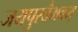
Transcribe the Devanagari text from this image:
जयपुरवैभवम्